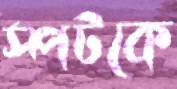
স্পটকে